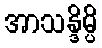
အာသန္ဒိမ္ပိ